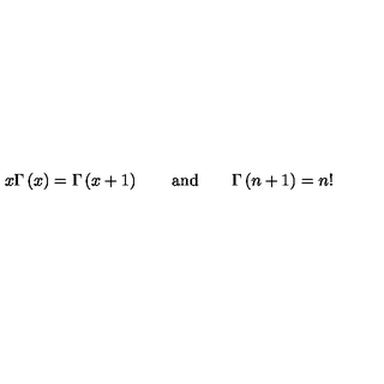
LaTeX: x \Gamma \left( x \right) = \Gamma \left( x + 1 \right) \mathrm { \qquad a n d \qquad } \Gamma \left( n + 1 \right) = n !